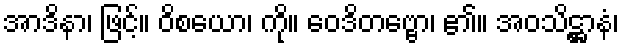
အာဒိနာ၊ ဖြင့်။ ဝိစယော၊ ကို။ ဝေဒိတဗ္ဗော၊ ၏။ အဝသိဋ္ဌာနံ၊